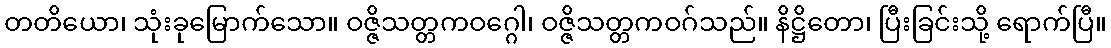
တတိယော၊ သုံးခုမြောက်သော။ ဝဇ္ဇိသတ္တကဝဂ္ဂေါ၊ ဝဇ္ဇိသတ္တကဝဂ်သည်။ နိဋ္ဌိတော၊ ပြီးခြင်းသို့ ရောက်ပြီ။